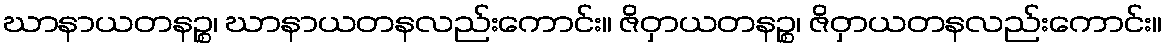
ဃာနာယတနဉ္စ၊ ဃာနာယတနလည်းကောင်း။ ဇိဝှာယတနဉ္စ၊ ဇိဝှာယတနလည်းကောင်း။